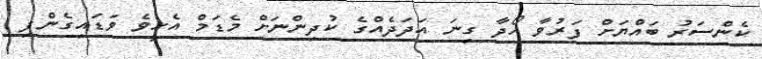
ކެންސަރު ބައްޔަށް ފަރުވާ ހޯދާ ގިނަ އަދަދެއްގެ ކުދިންނަށް މެޑަމް އެހީވެ ވަޑައިގެންފި